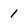
Character: 1